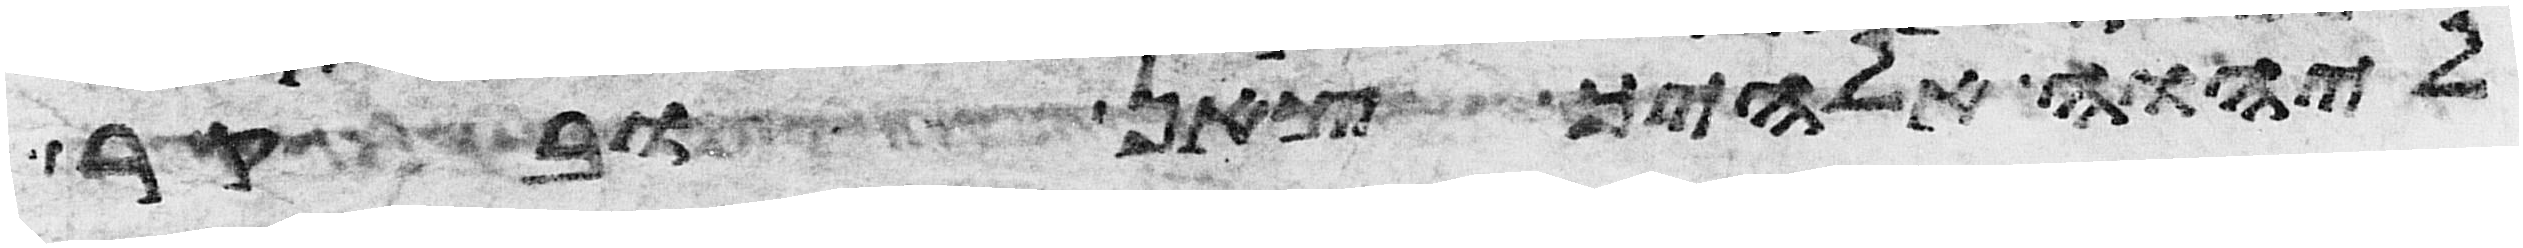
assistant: ליהוה אלהיך צאן ובקר